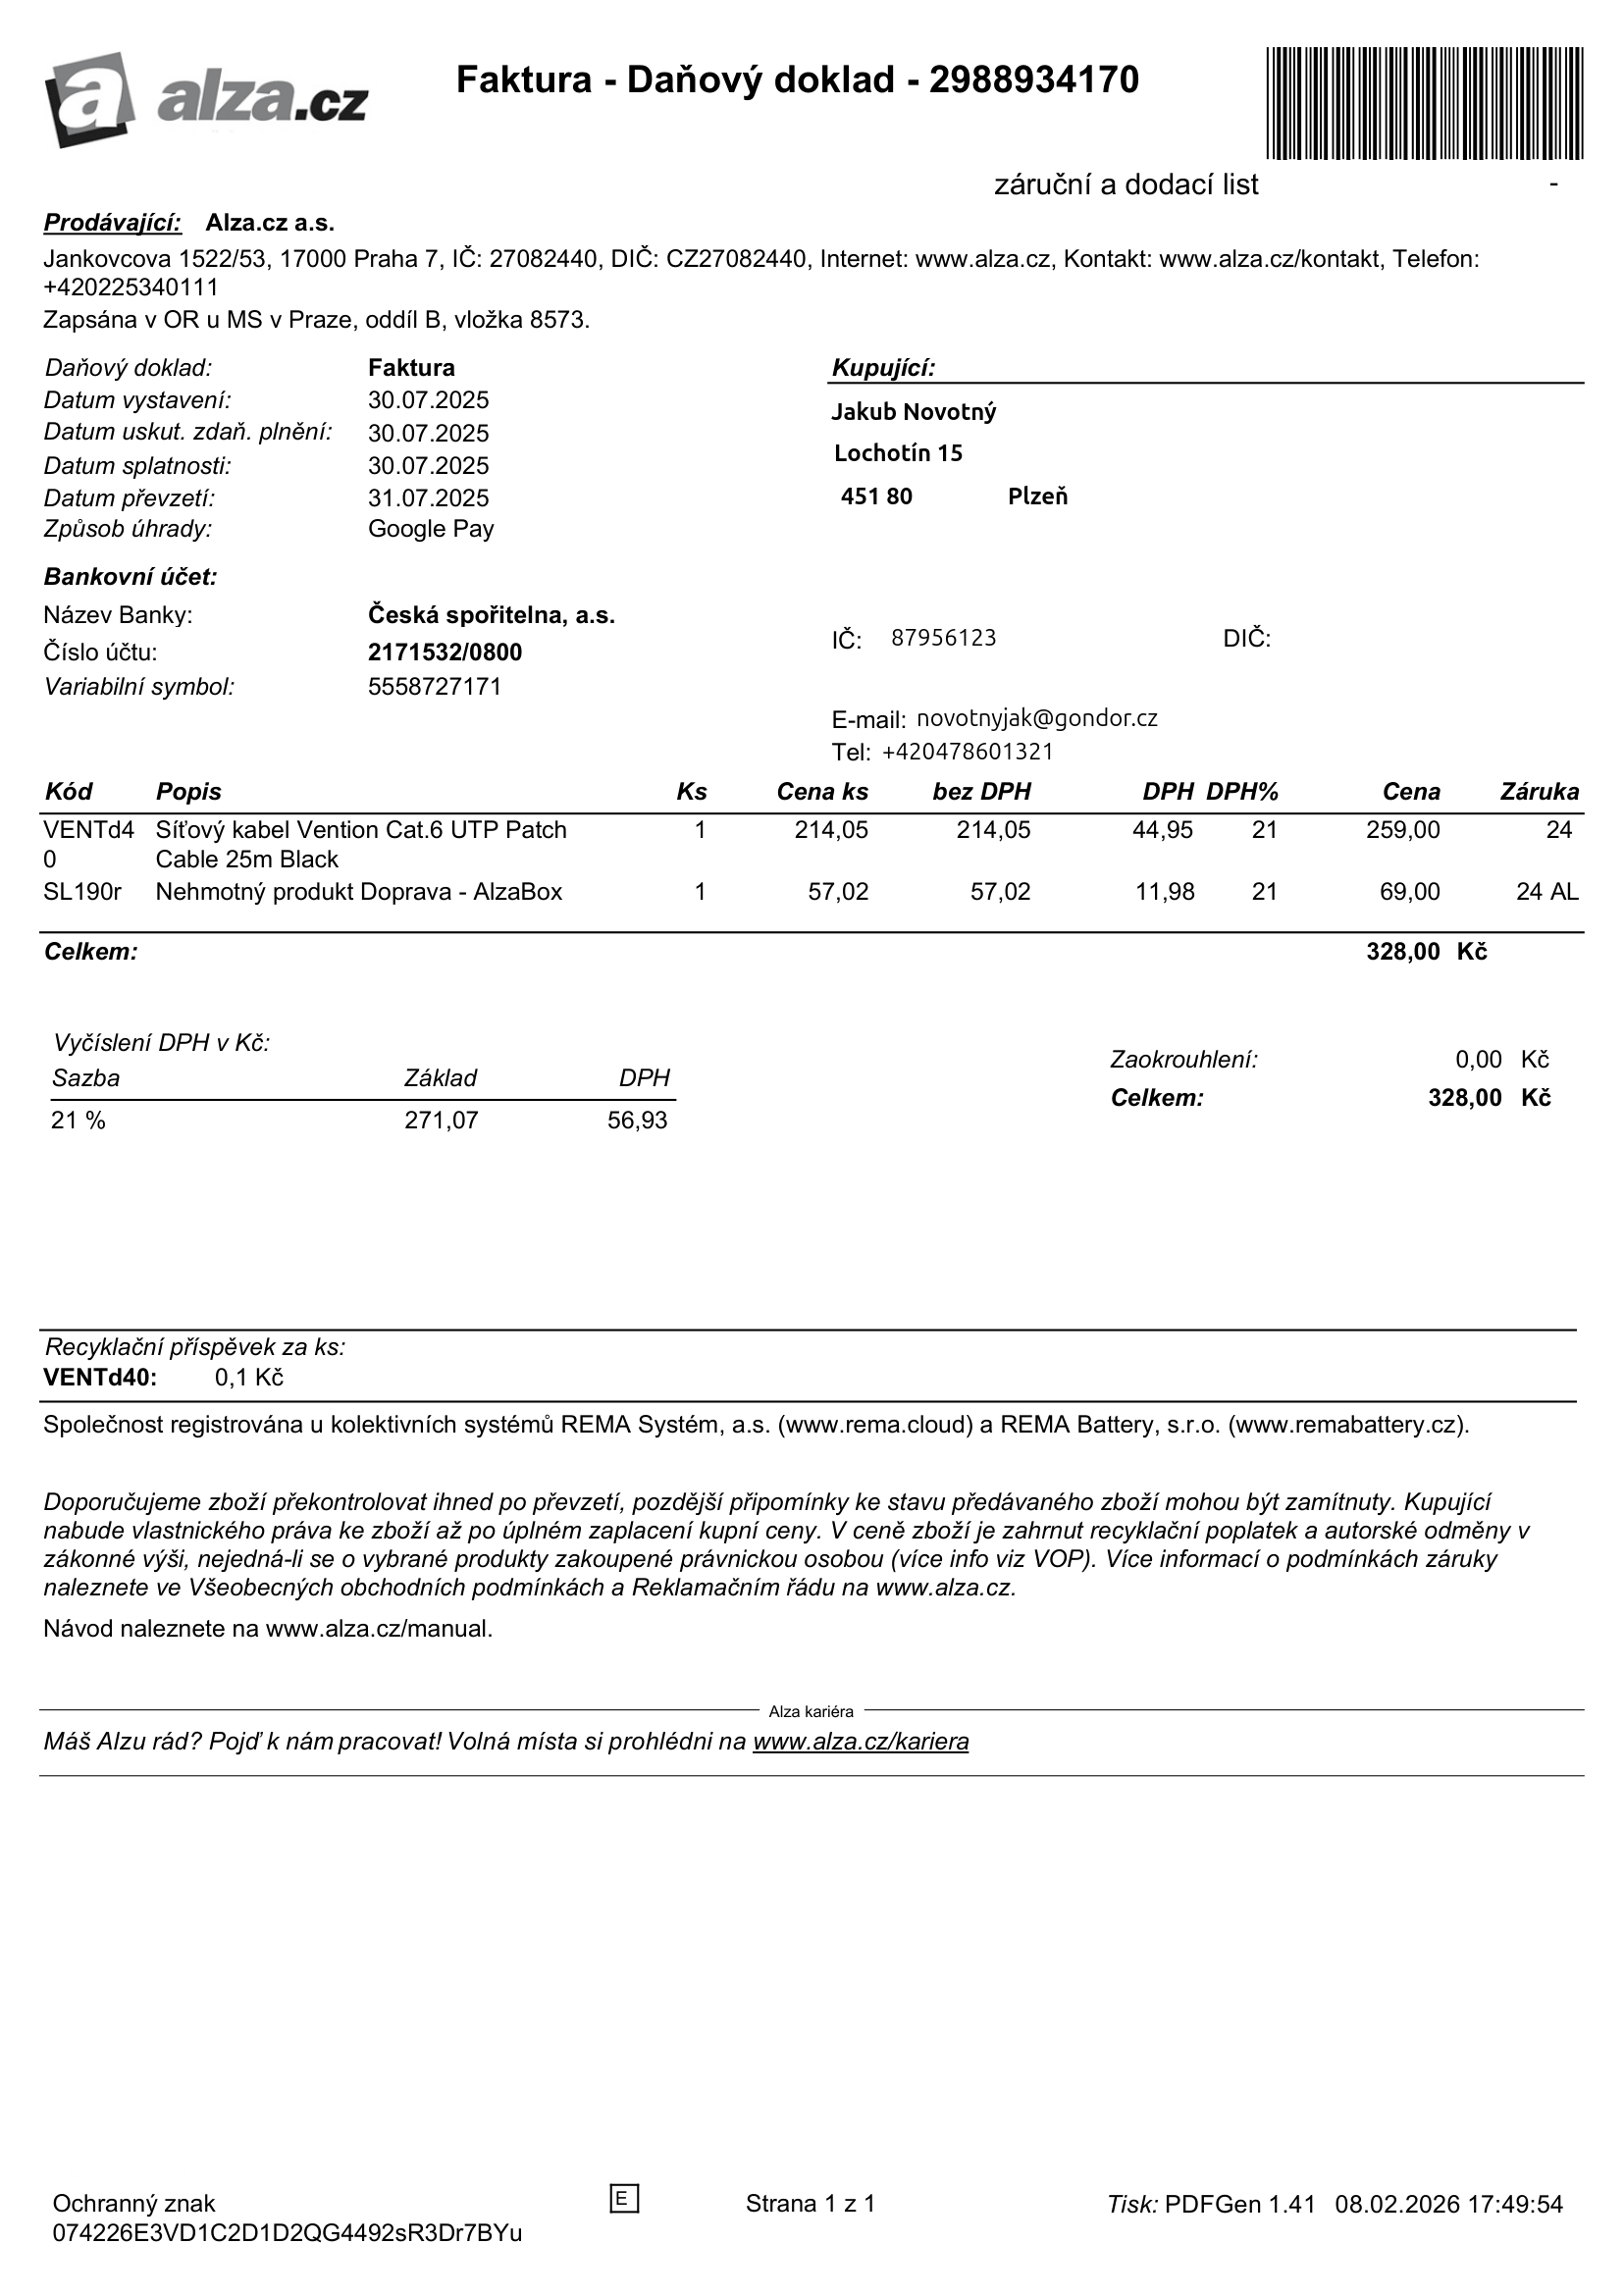
invoice_number: 2988934170
supp_register_id: 27082440
supp_tax_id: CZ27082440
cust_register_id: 87956123
issue_date: 30.07.2025
taxable_supply_date: 30.07.2025
due_date: 30.07.2025
payment_type: Google Pay
bank_account_number: 2171532/0800
variable_symbol: 5558727171
total: 328,00